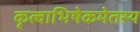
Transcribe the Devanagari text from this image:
कृत्वाभिषेकमेतस्य